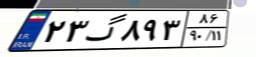
۲۳گ۸۹۳۸۶